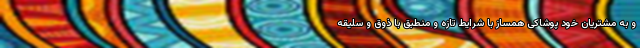
و به مشتریان خود پوشاکی همساز با شرایط تازه و منطبق با ذوق و سلیقه